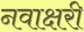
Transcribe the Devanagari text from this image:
नवाक्षरी